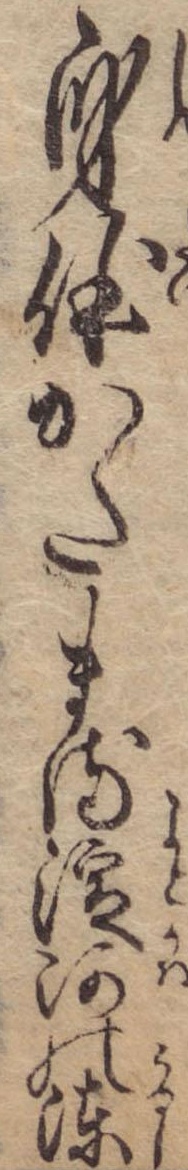
身体かたまる淀河の漆